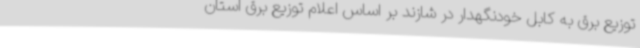
توزیع برق به کابل خودنگهدار در شازند بر اساس اعلام توزیع برق استان